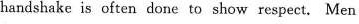
handshake is often done to show respect. Men